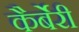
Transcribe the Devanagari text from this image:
कैर्बेरी